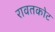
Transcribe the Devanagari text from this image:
रावतकोट